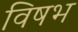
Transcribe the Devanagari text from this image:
विषभ